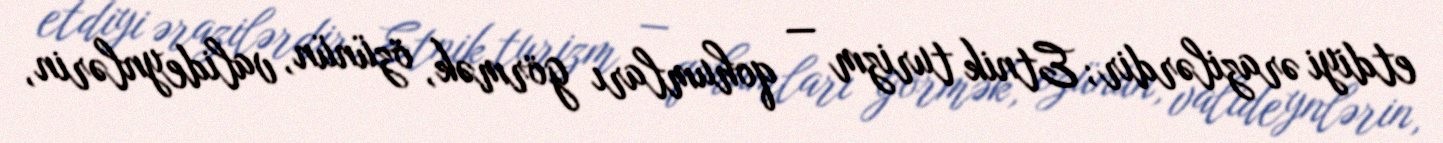
etdiyi ərazilərdir; Etnik turizm — qohumları görmək, özünün, valideynlərin,